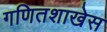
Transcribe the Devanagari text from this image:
गणितशाखेस